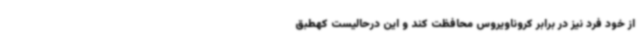
از خود فرد نیز در برابر کروناویروس محافظت کند و این درحالیست کهطبق